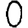
Digit: 0